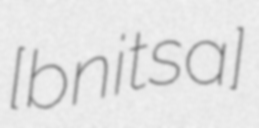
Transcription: [bʐɛʑˈnit͡sa]